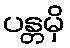
ပန္တမှိ